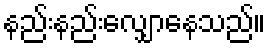
နည်းနည်းလျှောနေသည်။